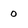
Character: o